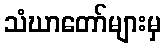
သံဃာတော်များမှ